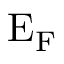
\mathrm { E _ { F } }